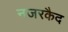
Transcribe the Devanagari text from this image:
नजरकैद